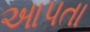
આપતા